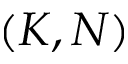
( K , N )